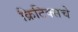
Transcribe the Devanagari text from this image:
क्रिटिक्सचे